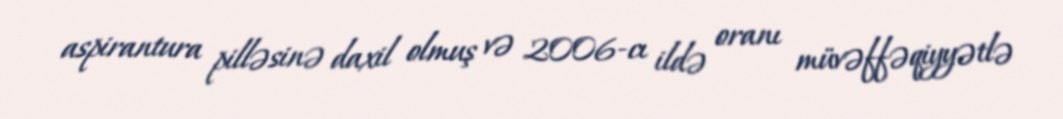
aspirantura pilləsinə daxil olmuş və 2006-cı ildə oranı müvəffəqiyyətlə